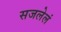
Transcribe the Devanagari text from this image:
सजलेलं